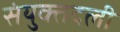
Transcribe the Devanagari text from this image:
संयुक्तदली